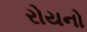
રોયનો